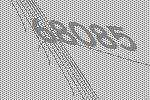
68085